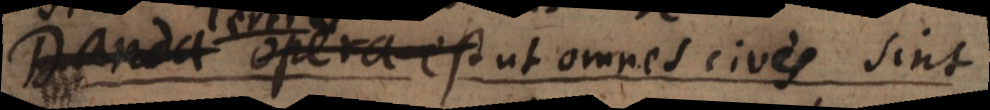
danda opera est ut bona utilia sint